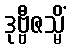
ဒုဗ္ဗီဇသ္မိံ